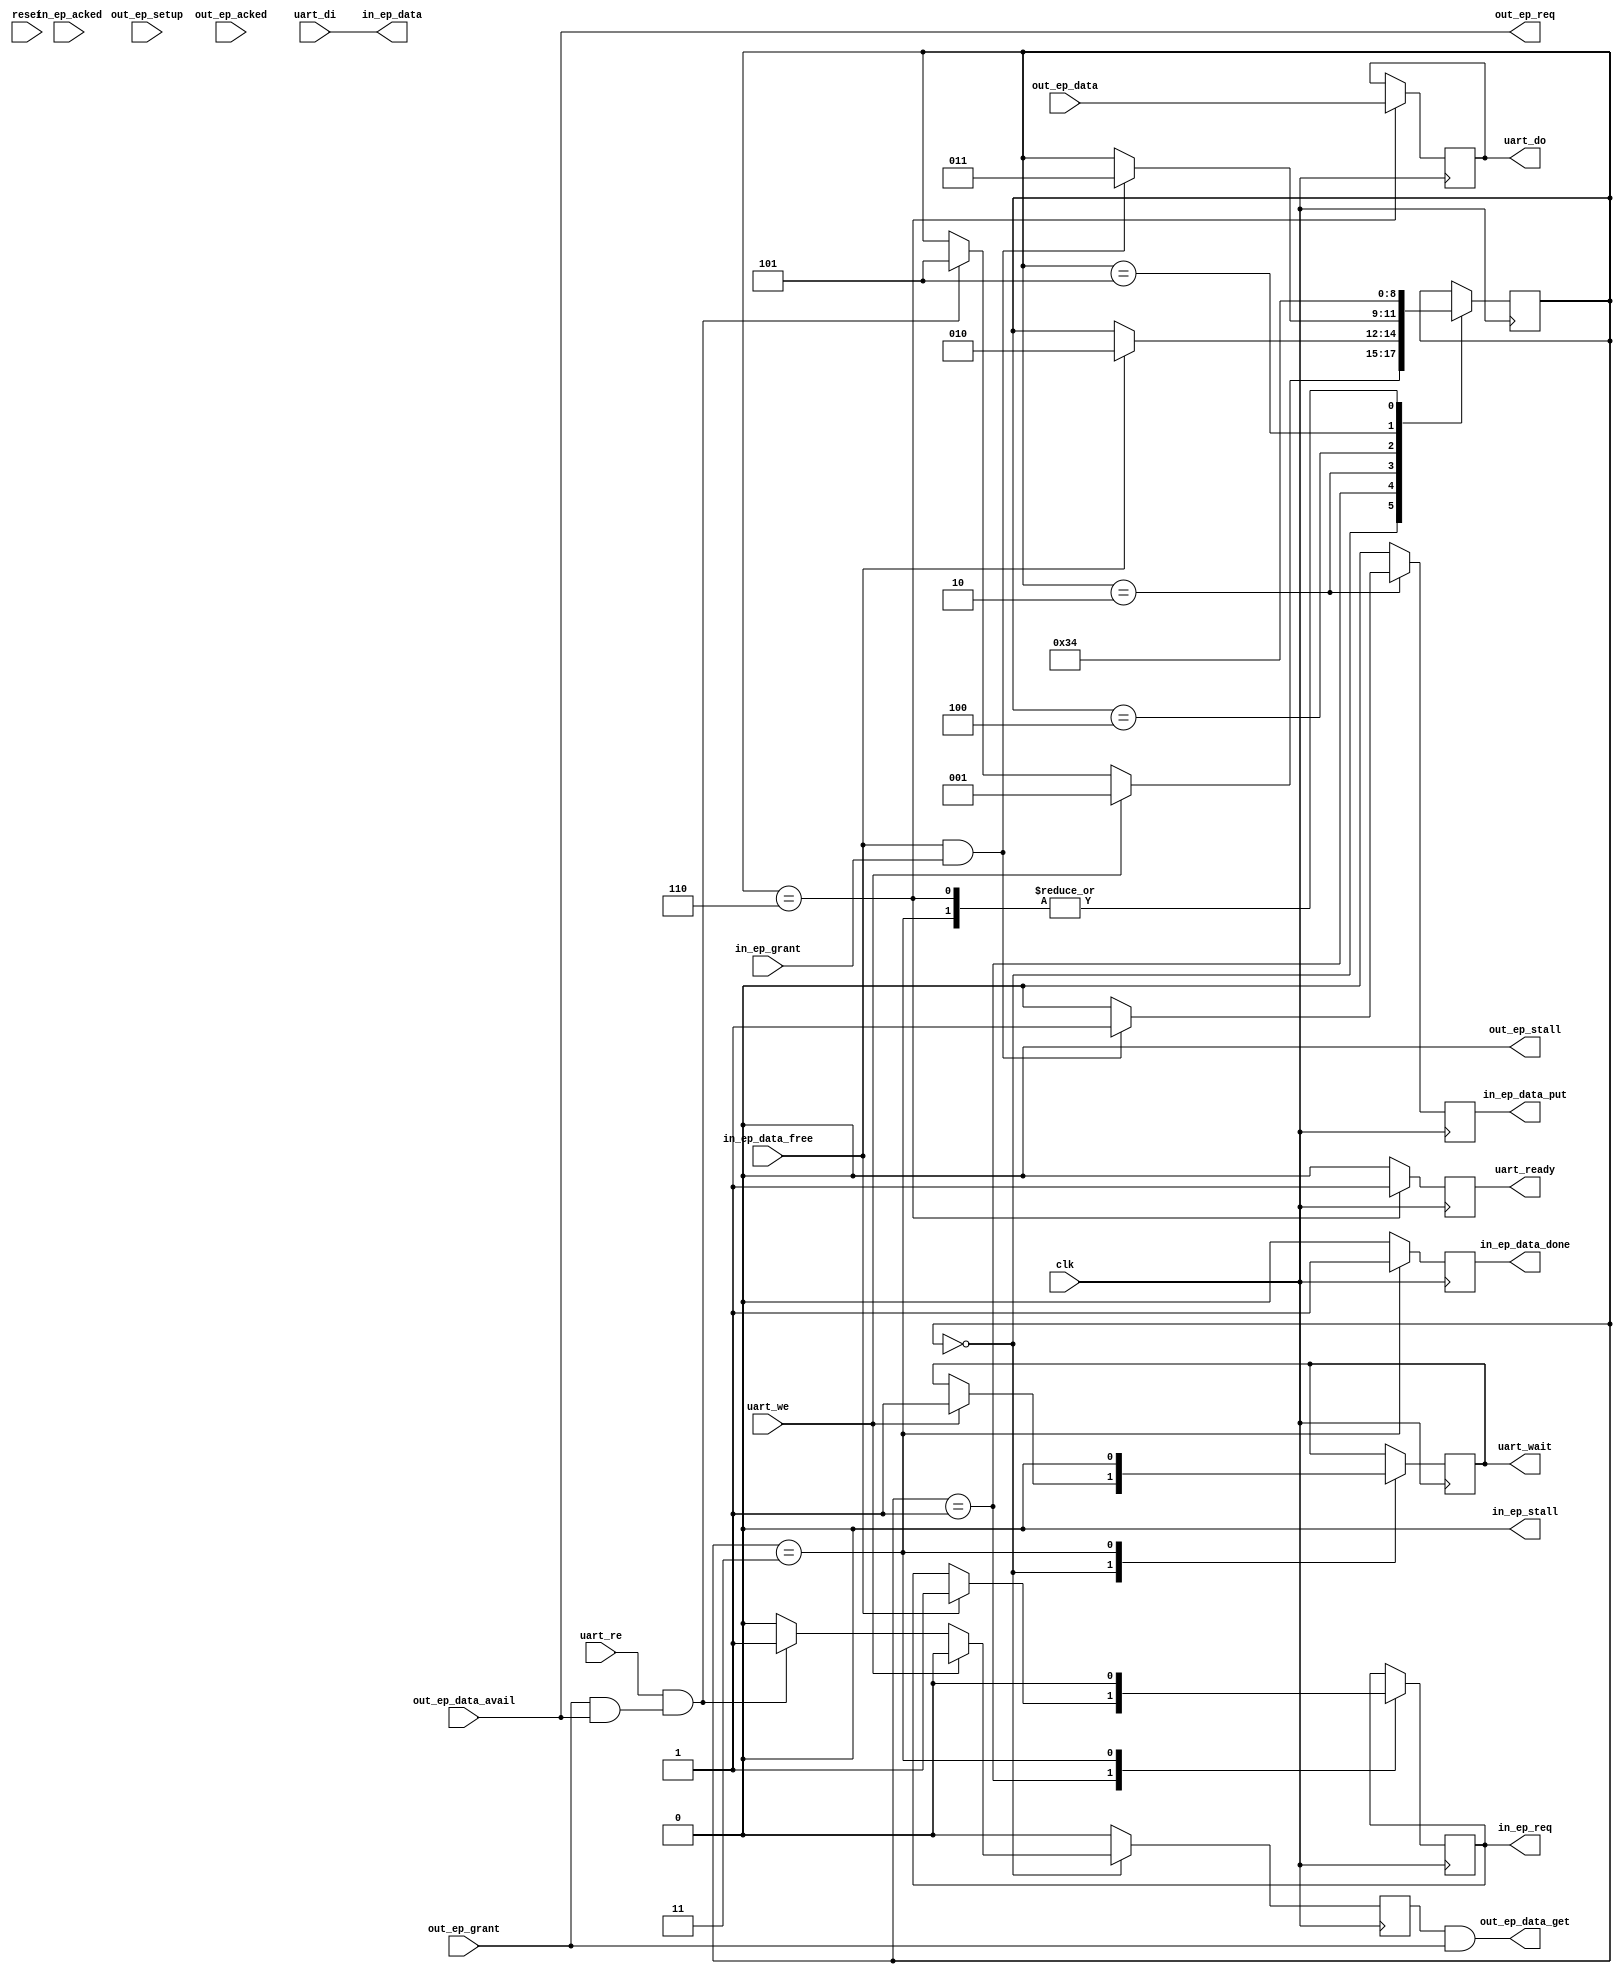
// TinyFPGA USB Code
// From https://github.com/lawrie/tiny_usb_examples/tree/master/usb

module usb_uart_bridge_ep (
  input clk,
  input reset,


  ////////////////////
  // out endpoint interface 
  ////////////////////
  output out_ep_req,
  input out_ep_grant,
  input out_ep_data_avail,
  input out_ep_setup,
  output out_ep_data_get,
  input [7:0] out_ep_data,
  output out_ep_stall,
  input out_ep_acked,


  ////////////////////
  // in endpoint interface 
  ////////////////////
  output reg in_ep_req,
  input in_ep_grant,
  input in_ep_data_free,
  output reg in_ep_data_put,
  output [7:0] in_ep_data,
  output reg in_ep_data_done = 0,
  output in_ep_stall,
  input in_ep_acked,

  // uart interface
  input uart_we,
  input uart_re,
  input [7:0] uart_di,
  output reg [7:0] uart_do,
  output reg uart_wait = 0,
  output reg uart_ready
);

  assign out_ep_stall = 1'b0;
  assign in_ep_stall = 1'b0;

  reg get_out_data = 0;
  
  assign out_ep_req = out_ep_data_avail;
  assign out_ep_data_get = get_out_data && out_ep_grant;

  wire out_data_ready = out_ep_grant && out_ep_data_avail;

  assign in_ep_data = uart_di;

  // State machine
  reg [2:0] state = 0;

  always @(posedge clk) begin
    in_ep_data_put <= 0;
    in_ep_data_done <= 0;
    get_out_data <= 0;
    uart_ready <= 0;

    case (state) 
    0: begin
      if (uart_we) begin
        state <= 1;
        uart_wait <= 1;
      end 
      else if (uart_re && out_data_ready) begin
        state <= 5;
        get_out_data <= 1;
      end
    end
    1: begin
      if (in_ep_data_free) begin
        in_ep_req <= 1;
        state <= 2;
      end
    end
    2: begin
      if (in_ep_data_free && in_ep_grant) begin
        in_ep_data_put <= 1;
        state <= 3;
      end
    end
    3: begin
      in_ep_data_done <= 1;
      in_ep_req <= 0;
      uart_wait <= 0;
      state <= 4;
    end
    4: begin
      state <= 0;
    end
    5: begin
      state <= 6;
    end
    6: begin
      uart_do <= out_ep_data;
      state <= 4;
      uart_ready <= 1;
    end  
    endcase
  end

endmodule